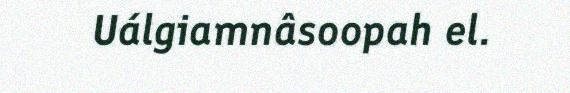
Uálgiamnâsoopah el.